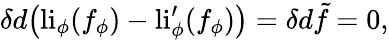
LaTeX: \delta d\big(\mathrm{li}_{\phi}(f_{\phi})-\mathrm{li}_{\phi}^{\prime}(f_{\phi})\big)=\delta d\tilde{f}=0,